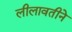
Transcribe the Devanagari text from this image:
लीलावतीने